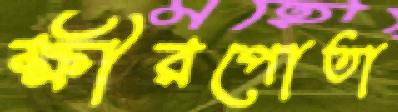
ক্ষীরপোতা